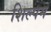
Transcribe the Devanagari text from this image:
शिल्पम